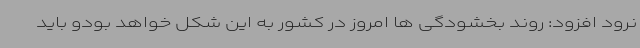
نرود افزود: روند بخشودگی ها امروز در کشور به این شکل خواهد بودو باید